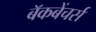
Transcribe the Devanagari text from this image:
बॅकबेंचर्स